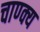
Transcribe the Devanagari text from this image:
चाण्क्य